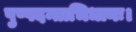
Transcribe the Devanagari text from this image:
पुष्पदन्ताभिधानः।